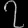
Digit: ၇